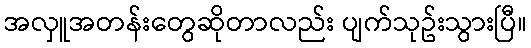
အလှူအတန်းတွေဆိုတာလည်း ပျက်သုဥ်းသွားပြီ။